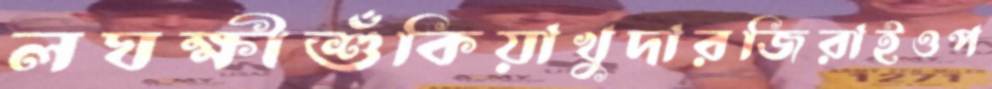
লঘক্ষীশুঁকিয়াখুদারজিরাইওপ